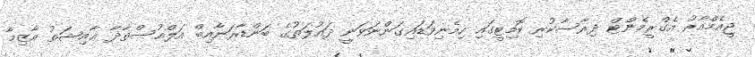
ޖީއެމްއާރު އެގްރީމެންޓް ދިރާސާކުރި ކޮމިޓީގައި ހިމެނިވަޑައިގަންނަވަނީ ދައުލަތުގެ ބަންޑާރަނާއިބް އަލްއުސްތާޛާ ޢާއިޝަތު އާޒިމާ